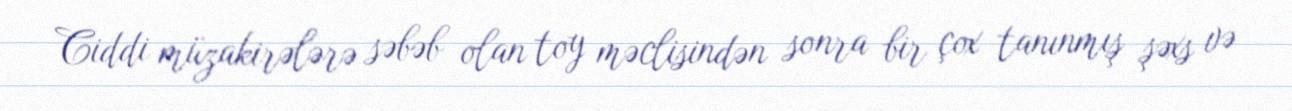
Ciddi müzakirələrə səbəb olan toy məclisindən sonra bir çox tanınmış şəxs və